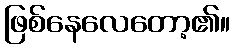
ဖြစ်နေလေတော့၏။